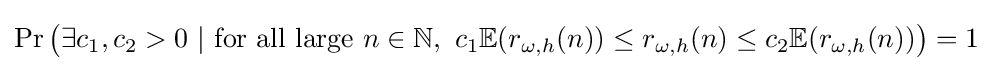
\Pr {\big (}\exists c_{1},c_{2}>0~|~{\text{for all large }}n\in \mathbb {N} ,~c_{1}\mathbb {E} (r_{\omega ,h}(n))\leq r_{\omega ,h}(n)\leq c_{2}\mathbb {E} (r_{\omega ,h}(n)){\big )}=1